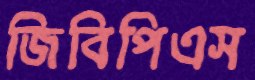
জিবিপিএস